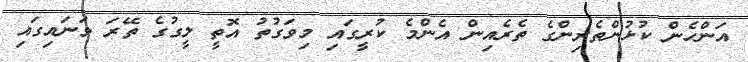
އަންހެން ކުޅުންތެރިންގެ ތެރެއިން އެންމެ ކުރީގައި މިވަގުތު އޮތީ ލީގުގެ ތޭރަ ވަނައިގައި